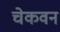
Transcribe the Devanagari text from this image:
चेकवन